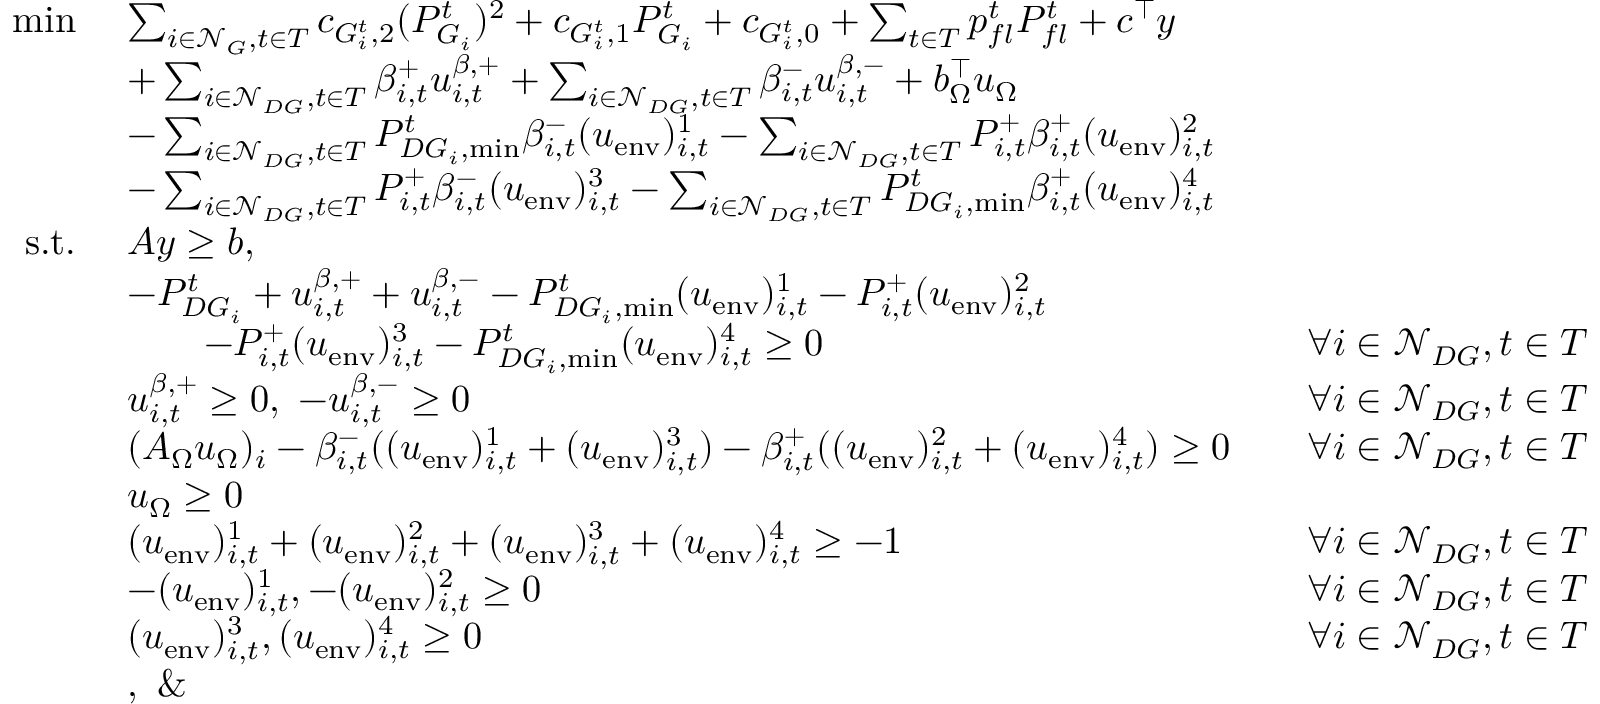
\begin{array} { r l r l } { \operatorname* { m i n } \ } & { \sum _ { i \in \mathcal { N } _ { G } , t \in T } c _ { G _ { i } ^ { t } , 2 } ( P _ { G _ { i } } ^ { t } ) ^ { 2 } + c _ { G _ { i } ^ { t } , 1 } P _ { G _ { i } } ^ { t } + c _ { G _ { i } ^ { t } , 0 } + \sum _ { t \in T } p _ { f l } ^ { t } P _ { f l } ^ { t } + c ^ { \top } y } \\ & { + \sum _ { i \in \mathcal { N } _ { D G } , t \in T } \beta _ { i , t } ^ { + } u _ { i , t } ^ { \beta , + } + \sum _ { i \in \mathcal { N } _ { D G } , t \in T } \beta _ { i , t } ^ { - } u _ { i , t } ^ { \beta , - } + b _ { \Omega } ^ { \top } u _ { \Omega } } \\ & { - \sum _ { i \in \mathcal { N } _ { D G } , t \in T } P _ { D G _ { i } , \operatorname* { m i n } } ^ { t } \beta _ { i , t } ^ { - } ( u _ { \mathrm { e n v } } ) _ { i , t } ^ { 1 } - \sum _ { i \in \mathcal { N } _ { D G } , t \in T } P _ { i , t } ^ { + } \beta _ { i , t } ^ { + } ( u _ { \mathrm { e n v } } ) _ { i , t } ^ { 2 } } \\ & { - \sum _ { i \in \mathcal { N } _ { D G } , t \in T } P _ { i , t } ^ { + } \beta _ { i , t } ^ { - } ( u _ { \mathrm { e n v } } ) _ { i , t } ^ { 3 } - \sum _ { i \in \mathcal { N } _ { D G } , t \in T } P _ { D G _ { i } , \operatorname* { m i n } } ^ { t } \beta _ { i , t } ^ { + } ( u _ { \mathrm { e n v } } ) _ { i , t } ^ { 4 } } \\ { \mathrm { s . t . } \ } & { A y \geq b , } \\ & { - P _ { D G _ { i } } ^ { t } + u _ { i , t } ^ { \beta , + } + u _ { i , t } ^ { \beta , - } - P _ { D G _ { i } , \operatorname* { m i n } } ^ { t } ( u _ { \mathrm { e n v } } ) _ { i , t } ^ { 1 } - P _ { i , t } ^ { + } ( u _ { \mathrm { e n v } } ) _ { i , t } ^ { 2 } } \\ & { \qquad - P _ { i , t } ^ { + } ( u _ { \mathrm { e n v } } ) _ { i , t } ^ { 3 } - P _ { D G _ { i } , \operatorname* { m i n } } ^ { t } ( u _ { \mathrm { e n v } } ) _ { i , t } ^ { 4 } \geq 0 } & & { \forall i \in \mathcal { N } _ { D G } , t \in T } \\ & { u _ { i , t } ^ { \beta , + } \geq 0 , \ - u _ { i , t } ^ { \beta , - } \geq 0 } & & { \forall i \in \mathcal { N } _ { D G } , t \in T } \\ & { ( A _ { \Omega } u _ { \Omega } ) _ { i } - \beta _ { i , t } ^ { - } ( ( u _ { \mathrm { e n v } } ) _ { i , t } ^ { 1 } + ( u _ { \mathrm { e n v } } ) _ { i , t } ^ { 3 } ) - \beta _ { i , t } ^ { + } ( ( u _ { \mathrm { e n v } } ) _ { i , t } ^ { 2 } + ( u _ { \mathrm { e n v } } ) _ { i , t } ^ { 4 } ) \geq 0 } & & { \forall i \in \mathcal { N } _ { D G } , t \in T } \\ & { u _ { \Omega } \geq 0 } \\ & { ( u _ { \mathrm { e n v } } ) _ { i , t } ^ { 1 } + ( u _ { \mathrm { e n v } } ) _ { i , t } ^ { 2 } + ( u _ { \mathrm { e n v } } ) _ { i , t } ^ { 3 } + ( u _ { \mathrm { e n v } } ) _ { i , t } ^ { 4 } \geq - 1 } & & { \forall i \in \mathcal { N } _ { D G } , t \in T } \\ & { - ( u _ { \mathrm { e n v } } ) _ { i , t } ^ { 1 } , - ( u _ { \mathrm { e n v } } ) _ { i , t } ^ { 2 } \geq 0 } & & { \forall i \in \mathcal { N } _ { D G } , t \in T } \\ & { ( u _ { \mathrm { e n v } } ) _ { i , t } ^ { 3 } , ( u _ { \mathrm { e n v } } ) _ { i , t } ^ { 4 } \geq 0 } & & { \forall i \in \mathcal { N } _ { D G } , t \in T } \\ & { , \ \& \ } \end{array}